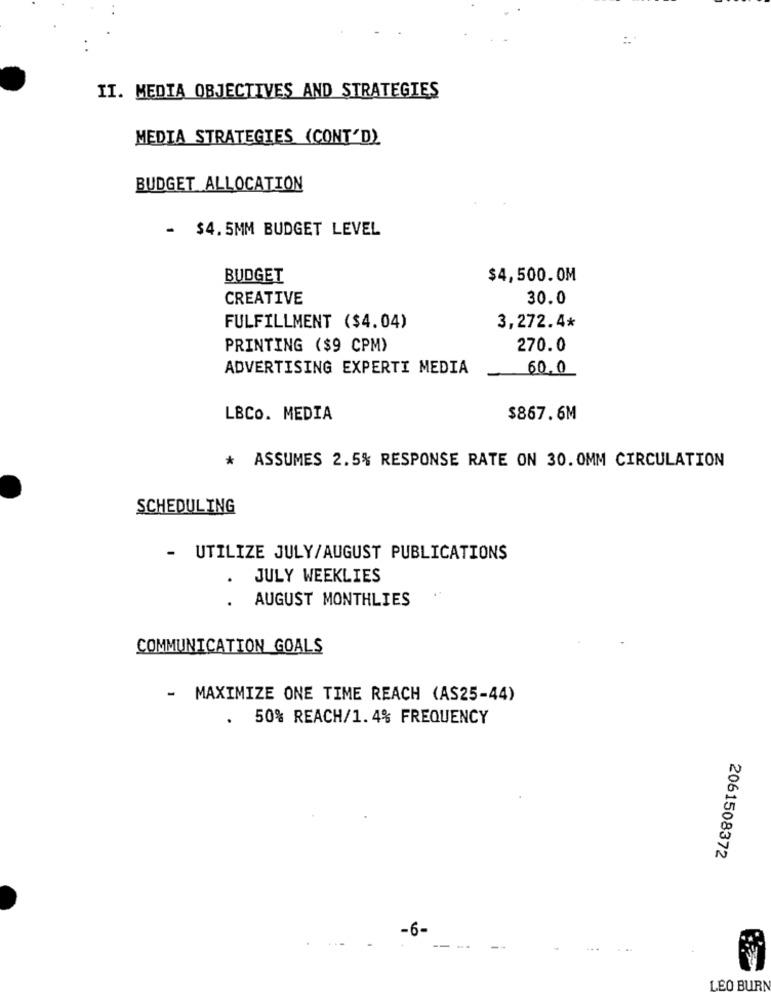
:.
II. MEDIA OBJECTIVES AND STRATEGIES
MEDIA STRATEGIES (CONT'D)
BUDGET ALLOCATION
- $4.5MM BUDGET LEVEL
BUDGET
$4,500.0M
CREATIVE
30.0
FULFILLMENT ($4.04)
3,272.4*
PRINTING ($9 CPM)
270.0
ADVERTISING EXPERTI MEDIA
60.0
LBCo. MEDIA
$867.6M
* ASSUMES 2.5% RESPONSE RATE ON 30. 0MM CIRCULATION
SCHEDULING
- UTILIZE JULY/AUGUST PUBLICATIONS
.
JULY WEEKLIES
AUGUST MONTHLIES
COMMUNICATION GOALS
- MAXIMIZE ONE TIME REACH (AS25-44)
. 50% REACH/1.4% FREQUENCY
2061508372
-6-
-.
LEO BURN